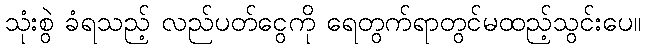
သုံးစွဲ ခံရသည့် လည်ပတ်ငွေကို ရေတွက်ရာတွင်မထည့်သွင်းပေ။